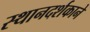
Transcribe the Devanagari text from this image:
स्थानदर्शकाने